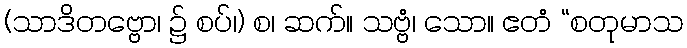
(သာဒိတဗ္ဗော၊ ၌ စပ်၊) စ၊ ဆက်။ သဗ္ဗံ၊ သော။ ဧတံ “စတုမာသ